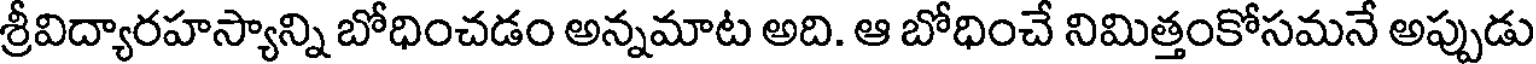
శ్రీవిద్యారహస్యాన్ని బోధించడం అన్నమాట అది. ఆ బోధించే నిమిత్తంకోసమనే అప్పుడు